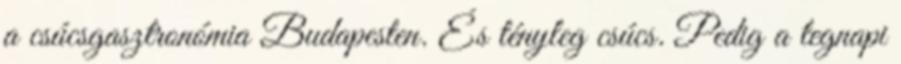
a csúcsgasztronómia Budapesten. És tényleg csúcs. Pedig a tegnapi